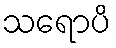
သရောပိ